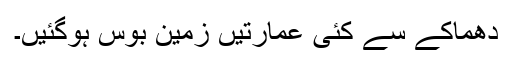
دھماکے سے کئی عمارتیں زمین بوس ہوگئیں۔